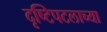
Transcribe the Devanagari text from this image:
दृष्टिपटलाच्या